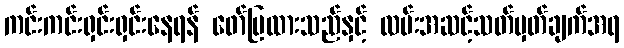
ကင်းကင်းရှင်းရှင်းနေရန် ဖော်ပြထားသည်နှင့် လမ်းအဆင့်သတ်မှတ်ချက်အရ